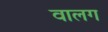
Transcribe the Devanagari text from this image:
वालग